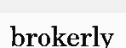
brokerly